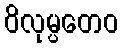
ဝိလုမ္ပတေဝ